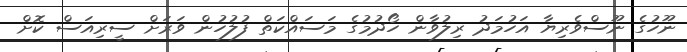
ނޫހުގެ ނޫސްވެރިޔާ އަހުމަދު ރިލުވާން ހޯދުމުގެ މަސައްކަތް ފުލުހުން ވަރަށް ސީރިއަސް ކޮށް